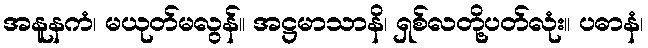
အနူနကံ၊ မယုတ်မလွန်။ အဋ္ဌမာသာနိ၊ ရှစ်လတို့ပတ်လုံး။ ပဓာနံ၊